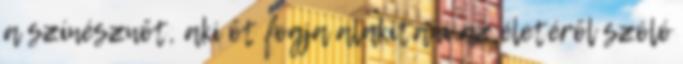
a színésznőt, aki őt fogja alakítani az életéről szóló